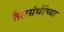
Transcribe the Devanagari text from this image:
तैलग्रंथींच्या